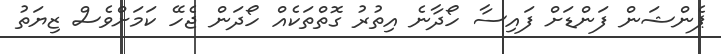
ޕެންޝަން ފަންޑަށް ފައިސާ ހޯދާނެ އިތުރު ގޮތްތަކެއް ހޯދަން ޖެހޭ ކަމަށްވެސް ޒިޔަތު